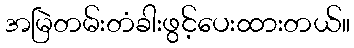
အမြဲတမ်းတံခါးဖွင့်ပေးထားတယ်။